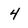
Character: 4